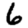
Digit: 6